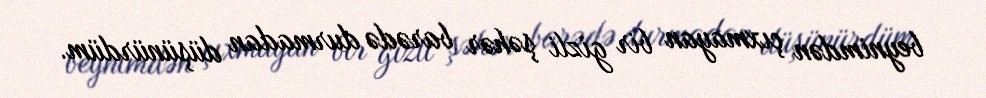
beynimdən çıxmayan bir gizli şəhər barədə durmadan düşünürdüm.